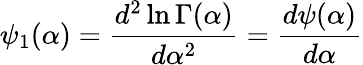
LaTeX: \psi_{1}(\alpha)={\frac{d^{2}\ln\Gamma(\alpha)}{d\alpha^{2}}}={\frac{d\psi(\alpha)}{d\alpha}}